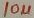
Text: 10µ